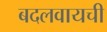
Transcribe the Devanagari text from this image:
बदलवायची